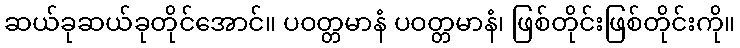
ဆယ်ခုဆယ်ခုတိုင်အောင်။ ပဝတ္တမာနံ ပဝတ္တမာနံ၊ ဖြစ်တိုင်းဖြစ်တိုင်းကို။